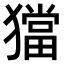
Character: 𤢎